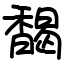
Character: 馤